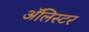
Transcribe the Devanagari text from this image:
अॅलिस्टर